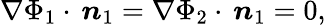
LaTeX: \nabla\Phi_{1}\cdot\, \boldsymbol{n}_{1}=\nabla\Phi_{2}\cdot\, \boldsymbol{n}_{1}=0,